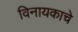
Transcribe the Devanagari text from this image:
विनायकाचे